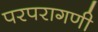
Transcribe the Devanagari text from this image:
परपरागणी